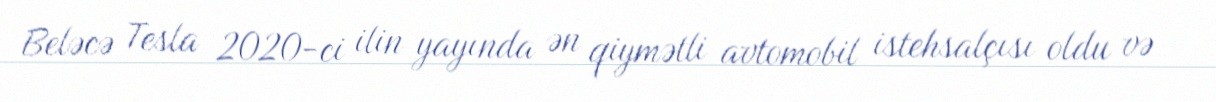
Beləcə Tesla 2020-ci ilin yayında ən qiymətli avtomobil istehsalçısı oldu və